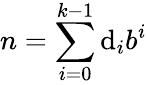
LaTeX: n=\sum_{i=0}^{k-1}\mathrm{d}_{i}b^{i}